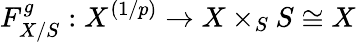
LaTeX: F_{X/S}^{g}:X^{(1/p)}\to X\times_{S}S\cong X